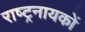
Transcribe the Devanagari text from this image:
राष्ट्रनायकों